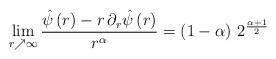
LaTeX: \begin{align*}\lim_{r\nearrow\infty}\frac{\hat{\psi}\left(r\right)-r\,\partial_{r}\hat{\psi}\left(r\right)}{r^{\alpha}}=\left(1-\alpha\right)\,2^{\frac{\alpha+1}{2}}\end{align*}